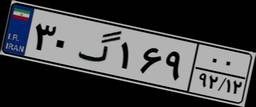
۳۰گ۱۶۹۰۰